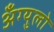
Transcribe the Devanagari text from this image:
अँग्युलो